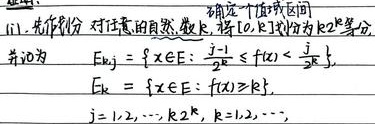
确定一个值域区间
ii). 先作剖分 对任意的自然数 \(k\)，将 \([0,+\infty]\) 份为 \(2^{k}\) 等分，
并记为
\[E_{k,j}=\left\{x\in E:\frac{j - 1}{2^{k}}\leqslant f(x)<\frac{j}{2^{k}}\right\},\]
\[E_{k}=\left\{x\in E:f(x)\geqslant 2^{k}\right\},\]
\(j = 1,2,\cdots,2^{k};k = 1,2,\cdots\) 。